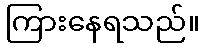
ကြားနေရသည်။